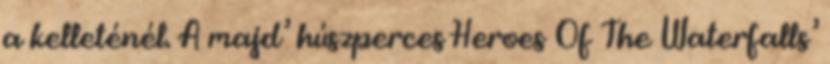
a kelleténél. A majd’ húszperces Heroes Of The Waterfalls’